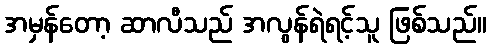
အမှန်တော့ ဆာလီသည် အလွန်ရဲရင့်သူ ဖြစ်သည်။